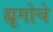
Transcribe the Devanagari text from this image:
ह्यूगोचे